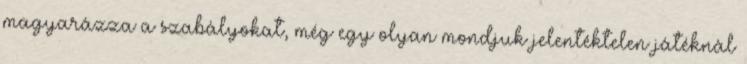
magyarázza a szabályokat, még egy olyan mondjuk jelentéktelen játéknál